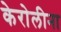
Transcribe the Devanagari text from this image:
केरोलीना